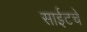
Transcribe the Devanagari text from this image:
साईटचे